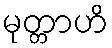
မုတ္တာဟိ